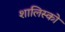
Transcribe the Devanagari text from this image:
शालिस्को